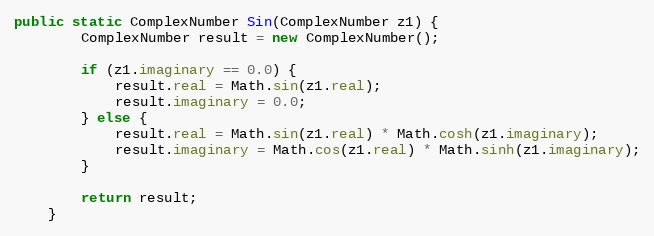
Language: Java
public static ComplexNumber Sin(ComplexNumber z1) {
        ComplexNumber result = new ComplexNumber();

        if (z1.imaginary == 0.0) {
            result.real = Math.sin(z1.real);
            result.imaginary = 0.0;
        } else {
            result.real = Math.sin(z1.real) * Math.cosh(z1.imaginary);
            result.imaginary = Math.cos(z1.real) * Math.sinh(z1.imaginary);
        }

        return result;
    }